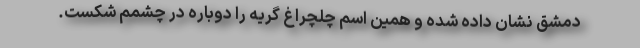
دمشق نشان داده شده و همین اسم چلچراغ گریه را دوباره در چشمم شکست.